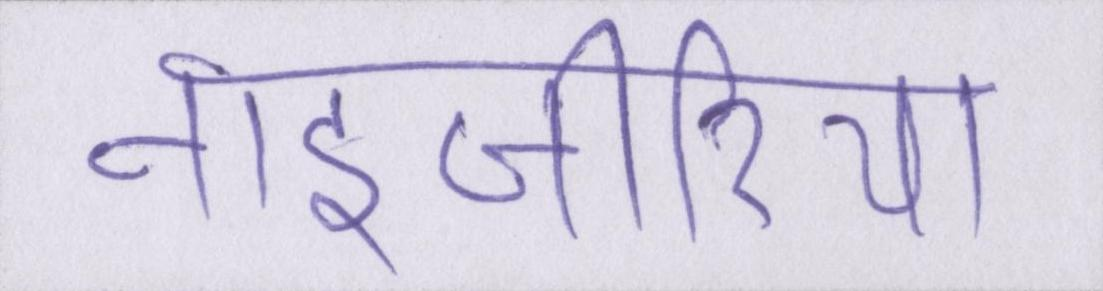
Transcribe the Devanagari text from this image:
नाइजीरिया